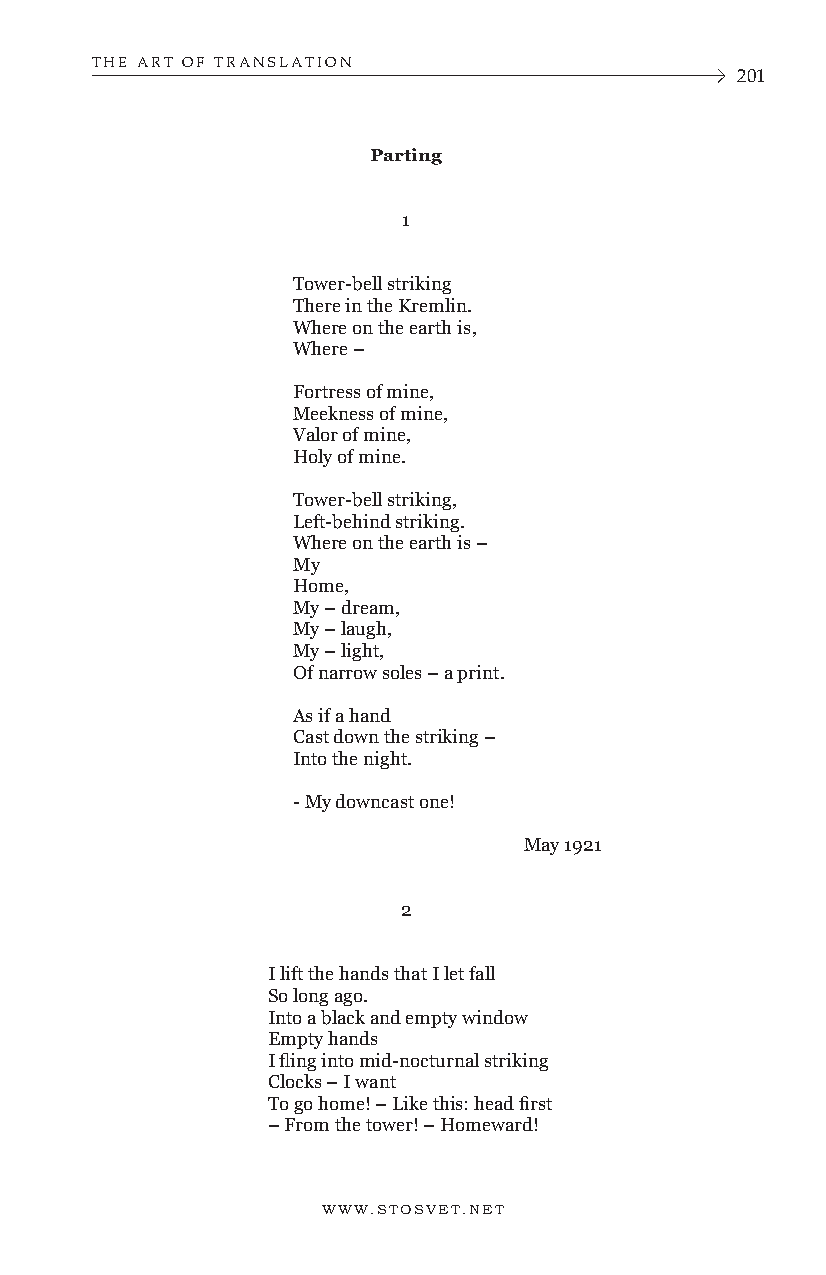
THE ART OF TRANSLATION
 201
 Parting
 1
 Tower-bell striking
 There in the Kremlin.
 Where on the earth is,
 Where –
 Fortress of mine,
 Meekness of mine,
 Valor of mine,
 Holy of mine.
 Tower-bell striking,
 Left-behind striking.
 Where on the earth is –
 My
 Home,
 My – dream,
 My – laugh,
 My – light,
 Of narrow soles – a print.
 As if a hand
 Cast down the striking –
 Into the night.
 - My downcast one!
 May 1921
 2
 I lift the hands that I let fall
 So long ago.
 Into a black and empty window
 Empty hands
 I fling into mid-nocturnal striking
 Clocks – I want
 To go home! – Like this: head first
 – From the tower! – Homeward!
 WWW.STOSVET.NET      WWW.STOSVET.NET